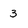
Character: 3